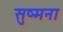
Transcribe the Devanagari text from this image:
सुष्मना